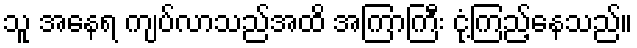
သူ အနေရ ကျပ်လာသည်အထိ အကြာကြီး ငုံ့ကြည့်နေသည်။